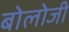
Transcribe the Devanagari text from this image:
बोलोजी